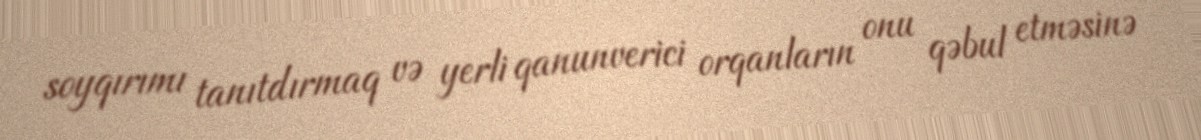
soyqırımı tanıtdırmaq və yerli qanunverici orqanların onu qəbul etməsinə